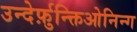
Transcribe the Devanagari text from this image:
उन्देर्फ़ुन्क्तिओनिन्ग